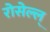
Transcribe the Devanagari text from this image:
रोसेल्ल्